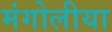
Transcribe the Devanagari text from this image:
मंगोलीया